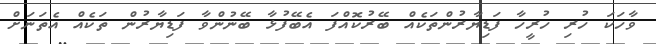
ވާހަކަ ހުރި ހުރީހާ ފަޑިޔާރުންތަކެއް ބޭރުކޮއްފަ އެބޭފުޅާ ބޭނުންވާ ފަޑިޔާރުން ތަކެއް އެތަނަށް